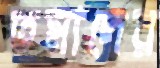
তমাদের